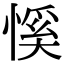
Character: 慀